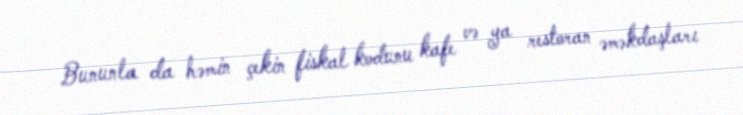
Bununla da həmin çekin fiskal kodunu kafe və ya restoran əməkdaşları